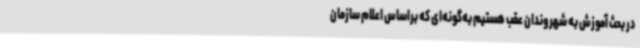
در بحث آموزش به شهروندان عقب هستیم به‌گونه‌ای که براساس اعلام سازمان